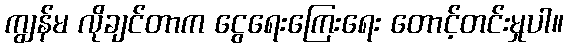
ကျွန်မ လိုချင်တာက ငွေရေးကြေးရေး တောင့်တင်းမှုပါ။